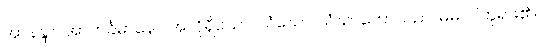
အာနန္ဒာ။ အာကင်္ခမာနော၊ အလိုရှိသော။ သံဃော၊ သံဃာတော်သည်။ မမ၊ ငါဘုရား၏။